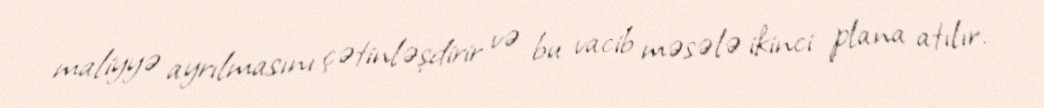
maliyyə ayrılmasını çətinləşdirir və bu vacib məsələ ikinci plana atılır.